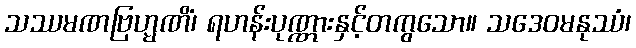
သဿမဏဗြဟ္မဏိံ၊ ရဟန်းပုဏ္ဏားနှင့်တကွသော။ သဒေဝမနုဿံ၊